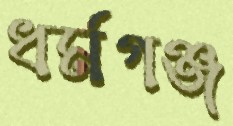
ধর্মগঞ্জ